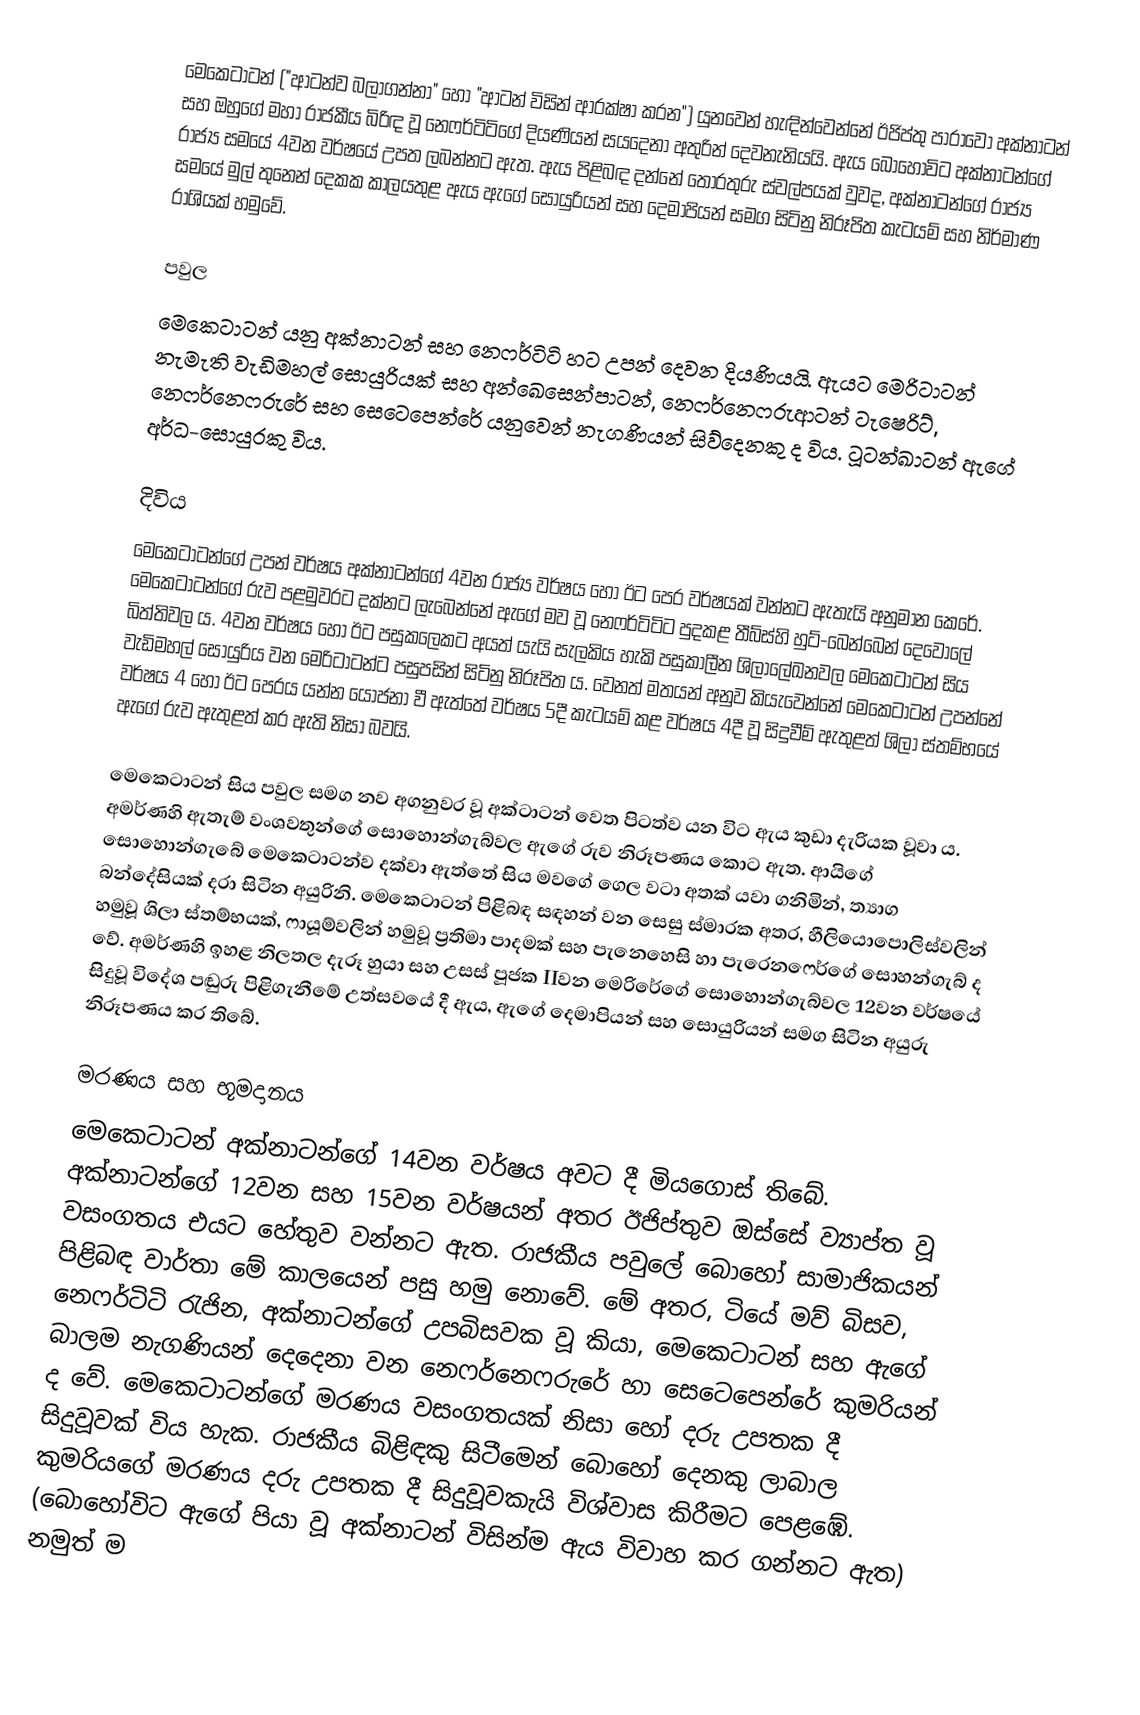
මෙකෙටාටන් ("ආටන්ව බලාගන්නා" හෝ "ආටන් විසින් ආරක්ෂා කරන") යුනවෙන් හැඳින්වෙන්නේ ඊජිප්තු පාරාවෝ අක්නාටන් සහ ඔහුගේ මහා රාජකීය බිරිඳ වූ නෙෆර්ටිටිගේ දියණියන් සයදෙනා අතුරින් දෙවනැනියයි. ඇය බොහෝවිට අක්නාටන්ගේ රාජ්‍ය සමයේ 4වන වර්ෂයේ උපත ලබන්නට ඇත. ඇය පිළිබඳ දන්නේ තොරතුරු ස්වල්පයක් වුවද, අක්නාටන්ගේ රාජ්‍ය සමයේ මුල් තුනෙන් දෙකක කාලයතුළ ඇය ඇගේ සොයුරියන් සහ දෙමාපියන් සමග සිටිනු නිරූපිත කැටයම් සහ නිර්මාණ රාශියක් හමුවේ.

පවුල
මෙකෙටාටන් යනු අක්නාටන් සහ නෙෆර්ටිටි හට උපන් දෙවන දියණියයි. ඇයට මෙරිටාටන් නැමැති වැඩිමහල් සොයුරියක් සහ අන්ඛෙසෙන්පාටන්, නෙෆර්නෙෆරුආටන් ටැෂෙරිට්, නෙෆර්නෙෆරුරේ සහ සෙටෙපෙන්රේ යනුවෙන් නැගණියන් සිව්දෙනකු ද විය. ටූටන්ඛාටන් ඇගේ අර්ධ-සොයුරකු විය.

දිවිය
මෙකෙටාටන්ගේ උපන් වර්ෂය අක්නාටන්ගේ 4වන රාජ්‍ය වර්ෂය හෝ ඊට පෙර වර්ෂයක් වන්නට ඇතැයි අනුමාන කෙරේ. මෙකෙටාටන්ගේ රුව පළමුවරට දක්නට ලැබෙන්නේ ඇගේ මව වූ නෙෆර්ටිටිට පුදකළ තීබ්ස්හි හුට්-බෙන්බෙන් දෙවොලේ බිත්තිවල ය. 4වන වර්ෂය හෝ ඊට පසුකලෙකට අයත් යැයි සැලකිය හැකි පසුකාලීන ශිලාලේඛනවල මෙකෙටාටන් සිය වැඩිමහල් සොයුරිය වන මෙරිටාටන්ට පසුපසින් සිටිනු නිරූපිත ය. වෙනත් මතයන් අනුව කියැවෙන්නේ මෙකෙටාටන් උපන්නේ වර්ෂය 4 හෝ ඊට පෙරය යන්න යෝජනා වී ඇත්තේ වර්ෂය 5දී කැටයම් කළ වර්ෂය 4දී වූ සිදුවීම් ඇතුළත් ශිලා ස්තම්භයේ ඇගේ රුව ඇතුළත් කර ඇති නිසා බවයි.

මෙකෙටාටන් සිය පවුල සමග නව අගනුවර වූ අක්ටාටන් වෙත පිටත්ව යන විට ඇය කුඩා දැරියක වූවා ය. අමර්ණහි ඇතැම් වංශවතුන්ගේ සොහොන්ගැබ්වල ඇගේ රුව නිරූපණය කොට ඇත. ආයිගේ සොහොන්ගැබේ මෙකෙටාටන්ව දක්වා ඇත්තේ සිය මවගේ ගෙල වටා අතක් යවා ගනිමින්, ත්‍යාග බන්දේසියක් දරා සිටින අයුරිනි. මෙකෙටාටන් පිළිබඳ සඳහන් වන සෙසු ස්මාරක අතර, හීලියොපොලිස්වලින් හමුවූ ශිලා ස්තම්භයක්, ෆායූම්වලින් හමුවූ ප්‍රතිමා පාදමක් සහ පැනෙහෙසි හා පැරෙනෆෙර්ගේ සොහන්ගැබ් ද වේ. අමර්ණහි ඉහළ නිලතල දැරූ හුයා සහ උසස් පූජක IIවන මෙරිරේගේ සොහොන්ගැබ්වල 12වන වර්ෂයේ සිදුවූ විදේශ පඬුරු පිළිගැනීමේ උත්සවයේ දී ඇය, ඇගේ දෙමාපියන් සහ සොයුරියන් සමග සිටින අයුරු නිරූපණය කර තිබේ.

මරණය සහ භූමදානය
මෙකෙටාටන් අක්නාටන්ගේ 14වන වර්ෂය අවට දී මියගොස් තිබේ. අක්නාටන්ගේ 12වන සහ 15වන වර්ෂයන් අතර ඊජිප්තුව ඔස්සේ ව්‍යාප්ත වූ වසංගතය එයට හේතුව වන්නට ඇත. රාජකීය පවුලේ බොහෝ සාමාජිකයන් පිළිබඳ වාර්තා මේ කාලයෙන් පසු හමු නොවේ. මේ අතර, ටියේ මව් බිසව, නෙෆර්ටිටි රැජින, අක්නාටන්ගේ උපබිසවක වූ කියා, මෙකෙටාටන් සහ ඇගේ බාලම නැගණියන් දෙදෙනා වන නෙෆර්නෙෆරුරේ හා සෙටෙපෙන්රේ කුමරියන් ද වේ. මෙකෙටාටන්ගේ මරණය වසංගතයක් නිසා හෝ දරු උපතක දී සිදුවූවක් විය හැක. රාජකීය බිළිඳකු සිටීමෙන් බොහෝ දෙනකු ලාබාල කුමරියගේ මරණය දරු උපතක දී සිදුවූවකැයි විශ්වාස කිරීමට පෙ‍ළඹේ. (බොහෝවිට ඇගේ පියා වූ අක්නාටන් විසින්ම ඇය විවාහ කර ගන්නට ඇත) නමුත් ම